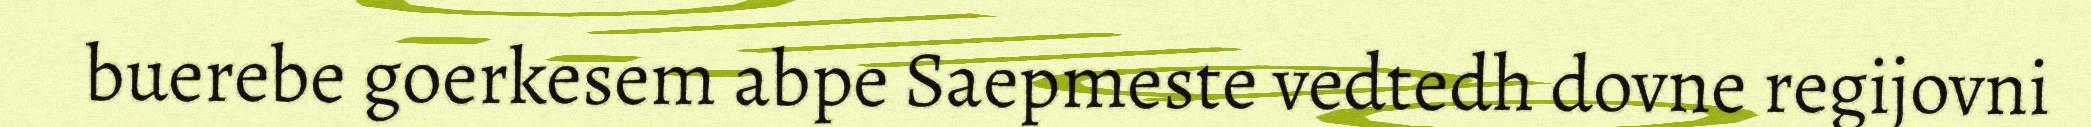
buerebe goerkesem abpe Saepmeste vedtedh dovne regijovni